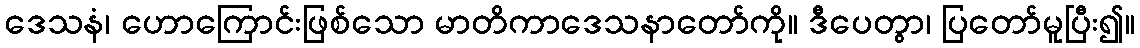
ဒေသနံ၊ ဟောကြောင်းဖြစ်သော မာတိကာဒေသနာတော်ကို။ ဒီပေတွာ၊ ပြတော်မူပြီး၍။